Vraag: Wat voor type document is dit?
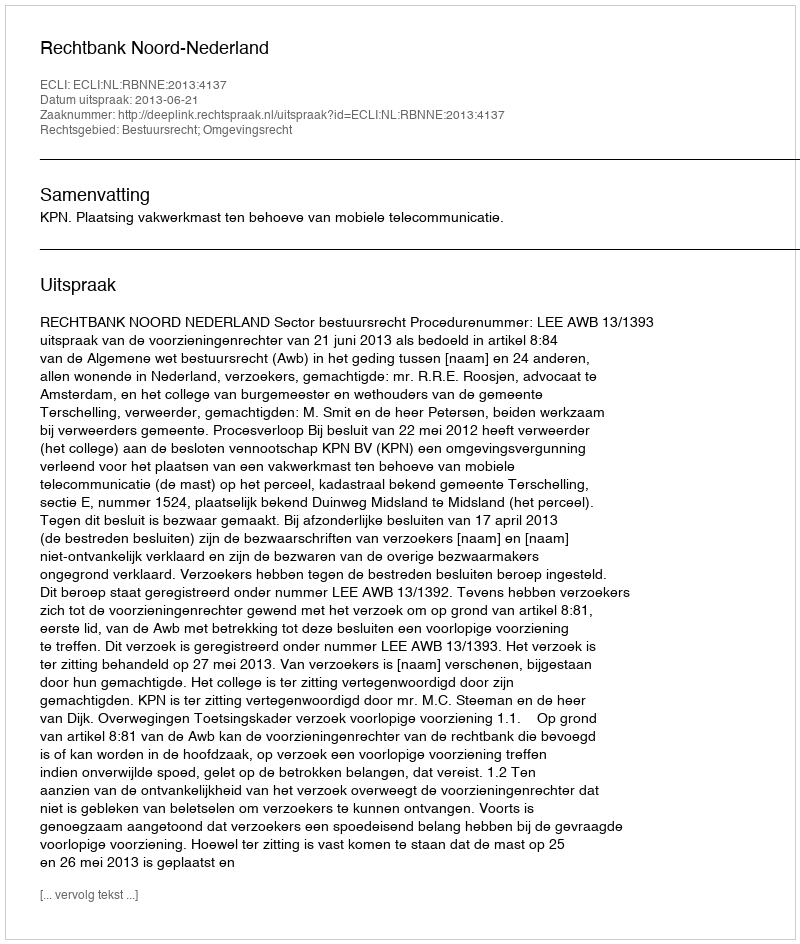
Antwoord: Uitspraak